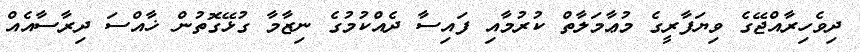
ދިވެހިރާއްޖޭގެ ވިޔަފާރީގެ މުޢާމަލާތް ކުރުމާއި ފައިސާ ދެއްކުމުގެ ނިޒާމާ ގުޅޭގޮތުން ޚާއްސަ ދިރާސާއެއް